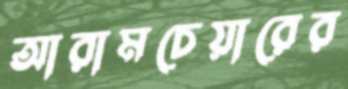
আরামচেয়ারের